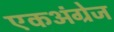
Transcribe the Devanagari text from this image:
एकअंग्रेज